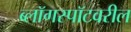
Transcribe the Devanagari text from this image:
ब्लॉगस्पॉटवरील